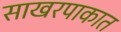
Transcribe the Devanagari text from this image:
साखरपाकात